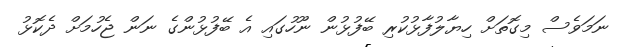
ނަމަވެސް މިގޮތަށް ހިޔާލުފާޅުކުރި ބޭފުޅުން ނޫހުގައި އެ ބޭފުޅުންގެ ނަން ޖެހުމަށް ދެކޮޅު